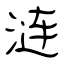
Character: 涟